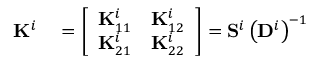
\begin{array} { r l r } { \mathbf { K } ^ { i } } & { { } = \left[ \begin{array} { l l } { \mathbf { K } _ { 1 1 } ^ { i } } & { \mathbf { K } _ { 1 2 } ^ { i } } \\ { \mathbf { K } _ { 2 1 } ^ { i } } & { \mathbf { K } _ { 2 2 } ^ { i } } \end{array} \right] = \mathbf { S } ^ { i } \left( \mathbf { D } ^ { i } \right) ^ { - 1 } } & { } \end{array}